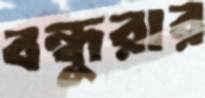
বন্ধুরার